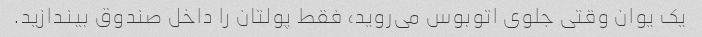
یک یوان وقتی جلوی اتوبوس می‌روید، فقط پولتان را داخل صندوق بیندازید.